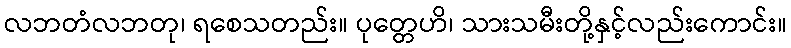
လဘတံလဘတု၊ ရစေသတည်း။ ပုတ္တေဟိ၊ သားသမီးတို့နှင့်လည်းကောင်း။